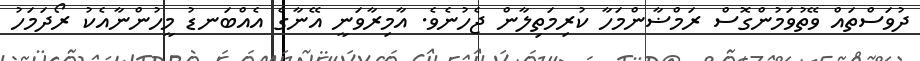
ދުވަސްތައް ވޭތުވަމުންގޮސް ރަމްޟާންމަހާ ކުރިމަތިލާން ޖެހުނެވެ. އާމިރާވަނީ އޭނާގެ އެއްބަނޑު މީހުންނާއެކު ރޯދަމަހު